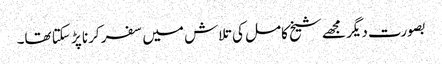
بصورت دیگر مجھے شیخ کامل کی تلاش میں سفر کرنا پڑ سکتا تھا۔